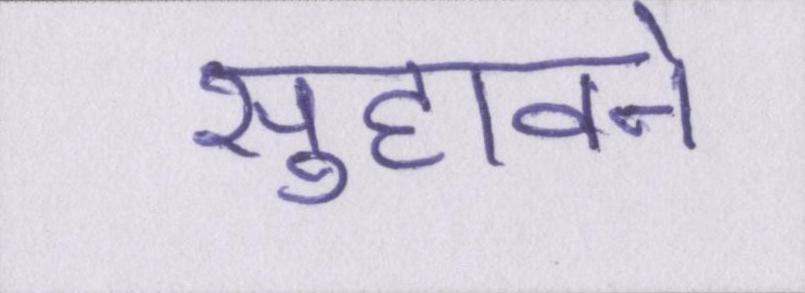
सुहावने